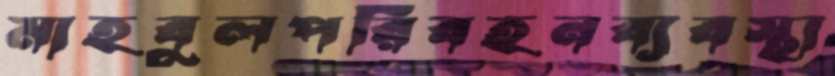
মাহবুলপরিবহনব্যবস্থা